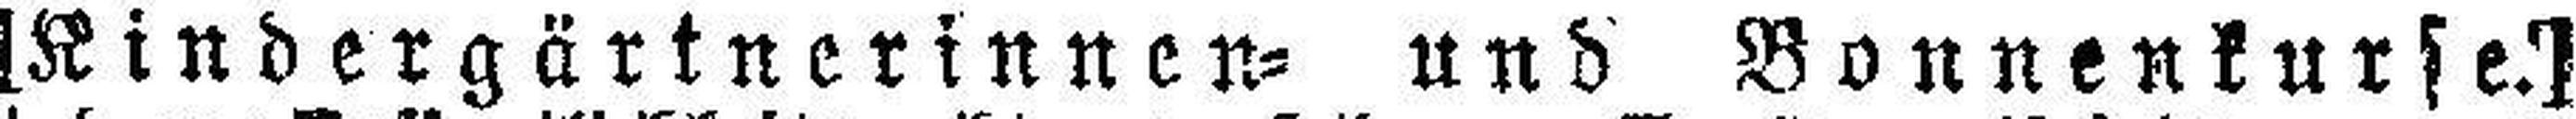
[Kindergärtnerinnen= und Bonnenkurse.]